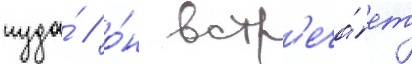
туда́ / о́н встр'еча́ет